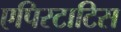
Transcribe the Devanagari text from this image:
एपिस्टाटिस